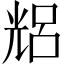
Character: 𠒦